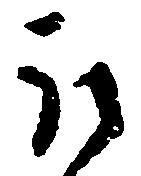
取